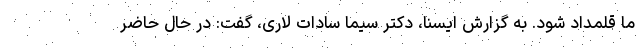
ما قلمداد شود. به گزارش ایسنا، دکتر سیما سادات لاری، گفت: در حال حاضر